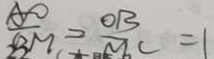
\frac { A O } { B M } = \frac { O B } { M C } = 1